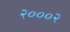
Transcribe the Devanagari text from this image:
२०००२